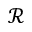
\mathcal { R }